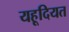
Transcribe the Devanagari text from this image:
यहूदियत